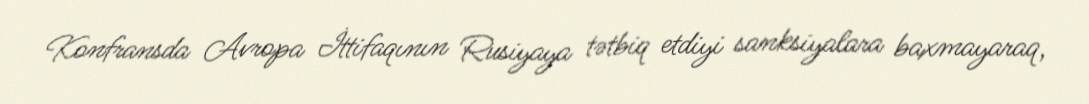
Konfransda Avropa İttifaqının Rusiyaya tətbiq etdiyi sanksiyalara baxmayaraq,